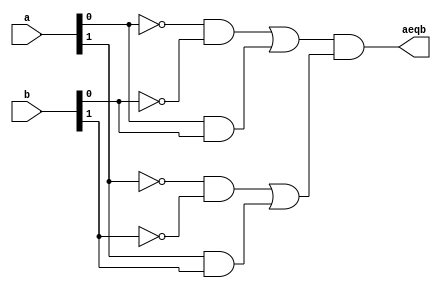
// Listing 7.16
module eq2_function
  (
  input  wire [1:0] a, b,
  output reg aeqb
  );

  reg e0, e1;

  always @*
  begin
     #2 e0 = equ_fnc(a[0], b[0]);
     #2 e1 = equ_fnc(a[1], b[1]);
     aeqb = e0 & e1;
  end

// function definition
function equ_fnc(input i0, i1);
   begin
      equ_fnc = (~i0 & ~i1) | (i0 & i1);
   end
endfunction

endmodule